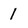
Character: 1